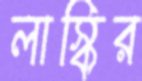
লাস্কির